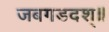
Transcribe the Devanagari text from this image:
जबगडदश्॥